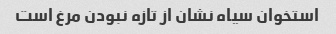
استخوان سیاه نشان از تازه نبودن مرغ است